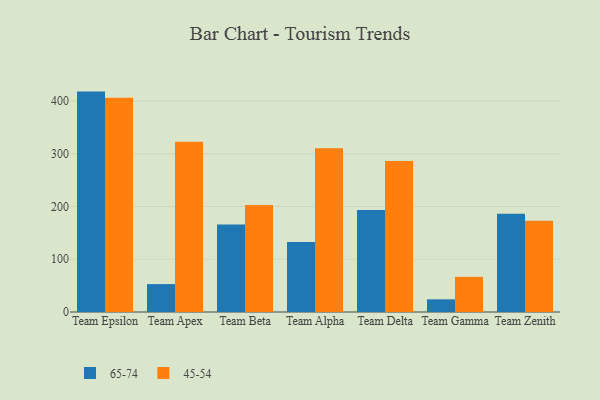
{"axis": {"x": "Team", "y": "Humidity (%)"}, "legend": ["45-54", "65-74"], "data": [{"x": "Team Epsilon", "y": 417.9, "type": "65-74"}, {"x": "Team Epsilon", "y": 406.4, "type": "45-54"}, {"x": "Team Apex", "y": 52.9, "type": "65-74"}, {"x": "Team Apex", "y": 322.9, "type": "45-54"}, {"x": "Team Beta", "y": 166.0, "type": "65-74"}, {"x": "Team Beta", "y": 203.1, "type": "45-54"}, {"x": "Team Alpha", "y": 132.7, "type": "65-74"}, {"x": "Team Alpha", "y": 310.5, "type": "45-54"}, {"x": "Team Delta", "y": 193.6, "type": "65-74"}, {"x": "Team Delta", "y": 286.3, "type": "45-54"}, {"x": "Team Gamma", "y": 24.0, "type": "65-74"}, {"x": "Team Gamma", "y": 66.7, "type": "45-54"}, {"x": "Team Zenith", "y": 186.2, "type": "65-74"}, {"x": "Team Zenith", "y": 172.8, "type": "45-54"}]}